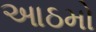
આઠમો